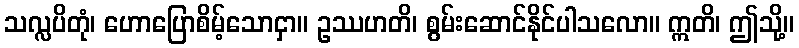
သလ္လပိတုံ၊ ဟောပြောစိမ့်သောငှာ။ ဥဿဟတိ၊ စွမ်းဆောင်နိုင်ပါသလော။ ဣတိ၊ ဤသို့။